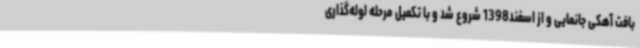
بافت آهکی جانمایی و از اسفند1398 شروع شد و با تکمیل مرحله لوله‌گذاری